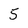
Character: 5